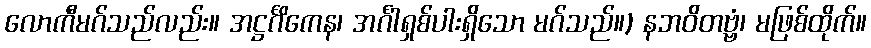
လောကီမဂ်သည်လည်း။ အဋ္ဌင်္ဂိကေန၊ အင်္ဂါရှစ်ပါးရှိသော မဂ်သည်။) နဘဝိတဗ္ဗံ၊ မဖြစ်ထိုက်။